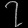
Digit: ၇